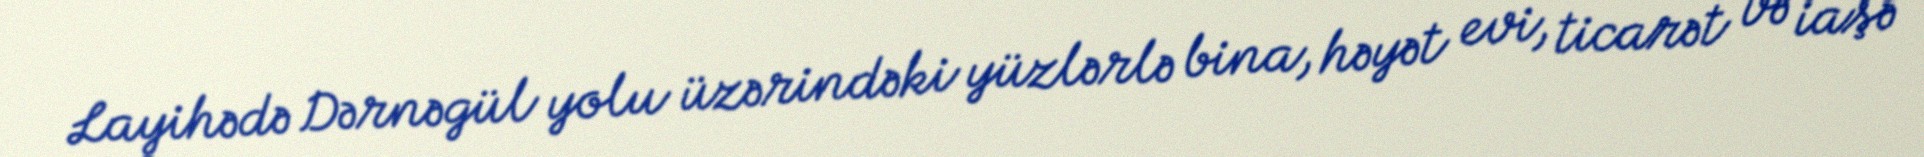
Layihədə Dərnəgül yolu üzərindəki yüzlərlə bina, həyət evi, ticarət və iaşə